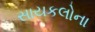
સાયકલોના